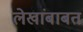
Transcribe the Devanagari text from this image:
लेखांबाबत